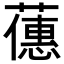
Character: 𬞶